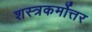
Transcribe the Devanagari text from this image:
शस्त्रकर्मोत्तर